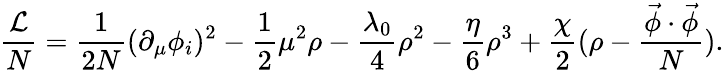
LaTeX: \frac{\cal L}{N}=\frac{1}{2N}(\partial_{\mu}\phi_{i})^{2}-\frac{1}{2}\mu^{2}\rho-\frac{\lambda_{0}}{4}\rho^{2}-\frac{\eta}{6}\rho^{3}+\frac{\chi}{2}(\rho-\frac{\vec{\phi}\cdot\vec{\phi}}{N}).